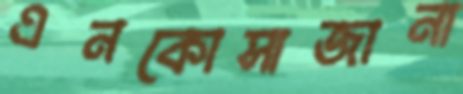
এনকোসাজানা